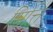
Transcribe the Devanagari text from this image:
मित्ति